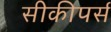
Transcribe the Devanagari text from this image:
सीकीपर्स